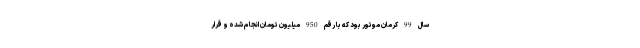
سال 99 کرمان موتور بود که با رقم 950 میلیون تومان انجام شده و قرار